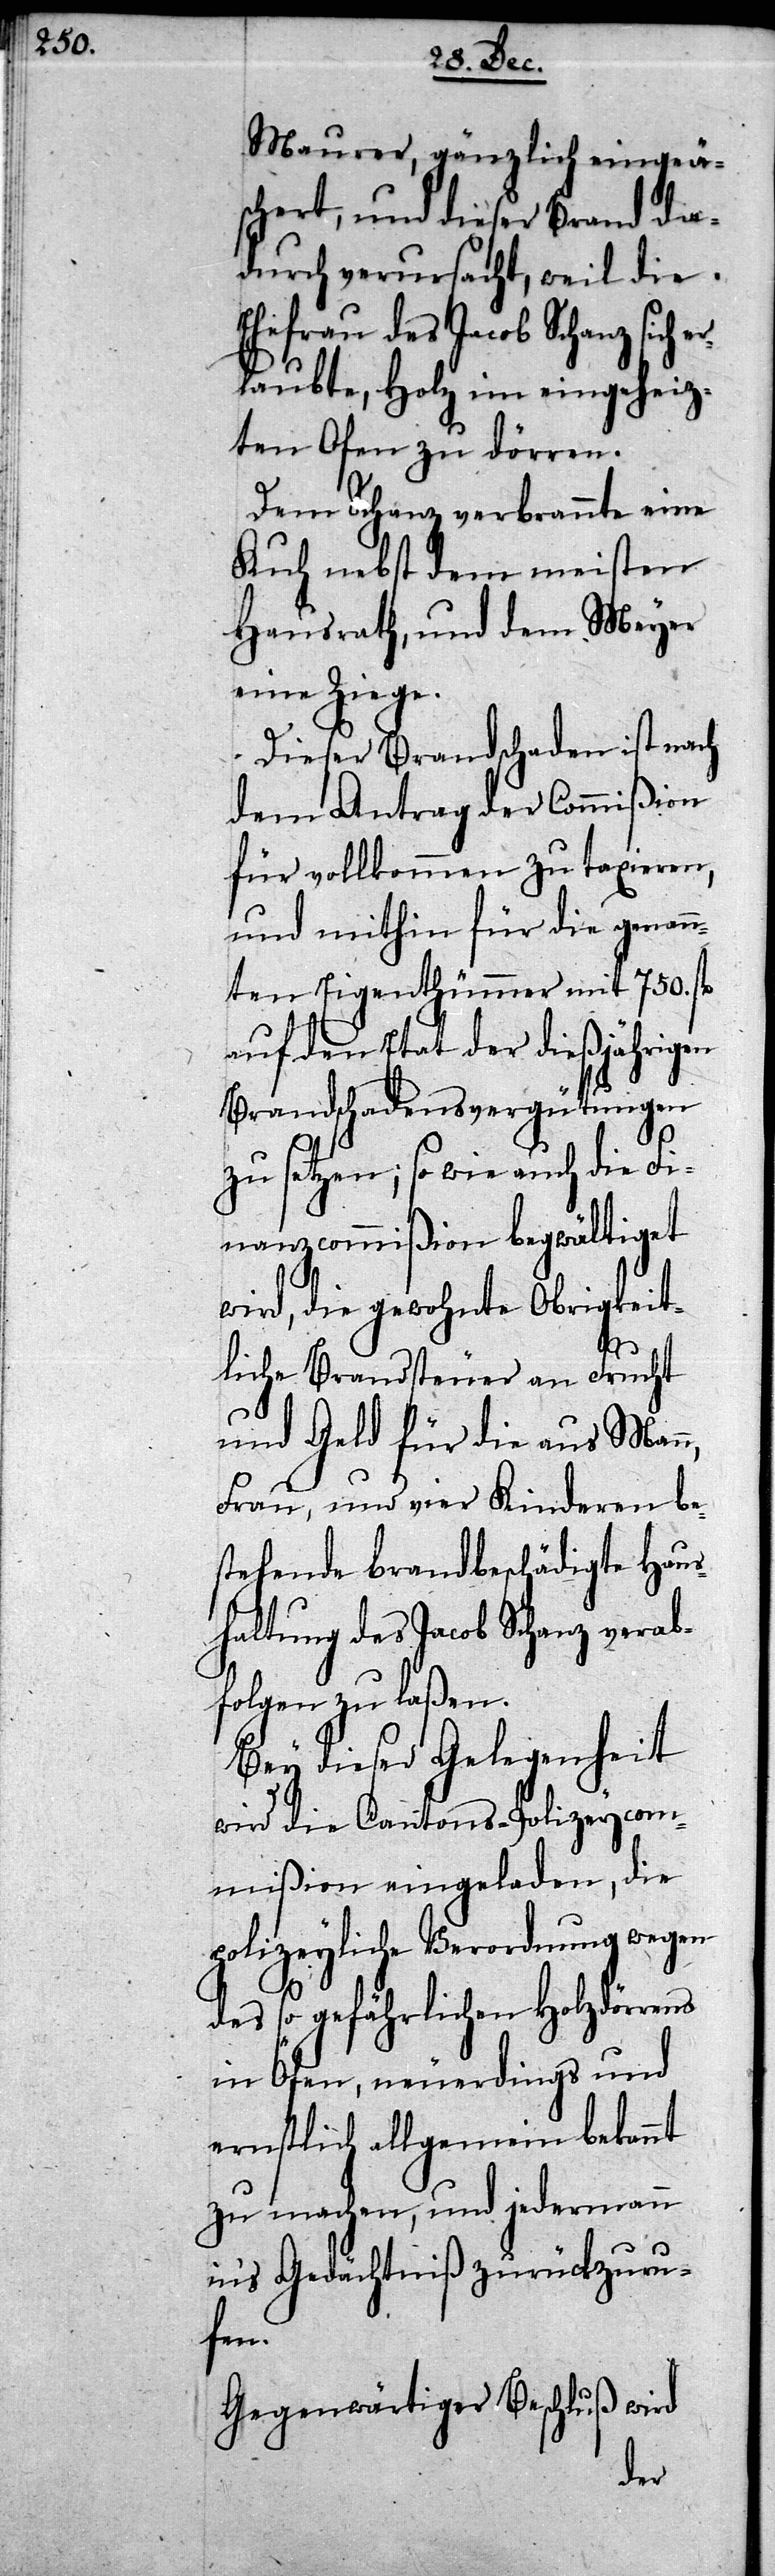
Maurer, gänzlich eingeä¬
schert, und dieser Brand da¬
durch verursacht, weil die
Ehefrau des Jacob Schanz sich er¬
laubte, Holz im eingeheiz¬
ten Ofen zu dörren.
Dem Schanz verbrannte eine
Kuh nebst dem meisten
Hausrath, und dem Meyer
eine Ziege.
Dieser Brandschaden ist nach
dem Antrag der Commißion
für vollkommen zu taxieren,
und mithin für die genan¬
nten Eigenthümmer mit 750. fl
auf den Etat der dießjährigen
Brandschadensvergütungen
zu setzen; so wie auch die Fi¬
nanzcommißion begwältiget
wird, die gewohnte Obrigkeit¬
liche Brandsteuer an Frucht
und Geld für die aus Man¬
Frau, und vier Kinderen be¬
stehende brandbeschädigte Haus¬
haltung des Jacob Schanz verab¬
folgen zu laßen.
it
Bey dieser Gelegenhe¬
wird die Cantons-Polizeycom¬
mißion eingeladen, die
polizeyliche Verordnung wegen
des so gefährlichen Holzdörrens
in Öfen, neuerdings und
ernstlich allgemein bekannt
zu machen, und jedermann
in’s Gedächtniß zurückzuru¬
fen.
Gegenwärtiger Beschluß wird